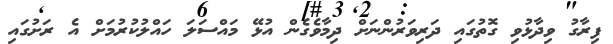
ފިރާގު ވިދާޅުވި ގޮތުގައި ދަރިވަރުންނަށް ދިމާވެގެން އުޅޭ މައްސަލަ ހައްލުކުރުމަށް އެ ރަށުގައި